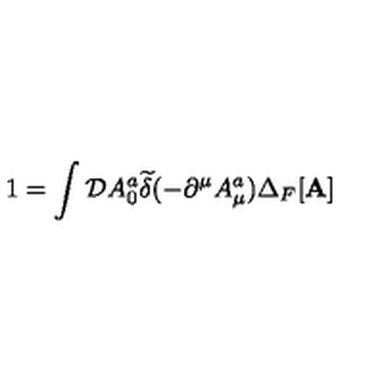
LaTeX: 1 = \int { \cal D } A _ { 0 } ^ { a } { \widetilde { \delta } } ( - \partial ^ { \mu } A _ { \mu } ^ { a } ) \Delta _ { F } [ { \bf A } ]